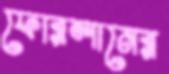
ফোরলানের